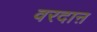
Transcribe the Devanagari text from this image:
वरदाऩ